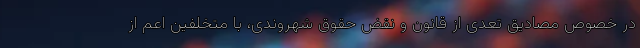
در خصوص مصادیق تعدی از قانون و نقض حقوق شهروندی، با متخلفین اعم از